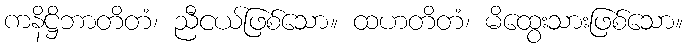
ကနိဋ္ဌိဘာတိတံ၊ ညီငယ်ဖြစ်သော။ ထဟတိတံ၊ မိထွေးသားဖြစ်သော။